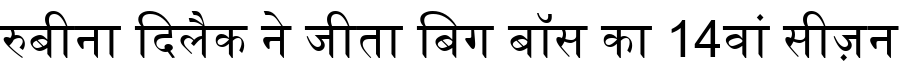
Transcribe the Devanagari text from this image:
रुबीना दिलैक ने जीता बिग बॉस का 14वां सीज़न